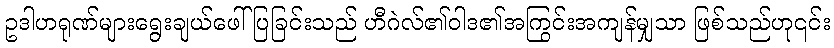
ဥဒါဟရုဏ်များရွေးချယ်ဖေါ်ပြခြင်းသည် ဟီဂဲလ်၏ဝါဒ၏အကြွင်းအကျန်မျှသာ ဖြစ်သည်ဟု၎င်း